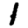
Digit: 1